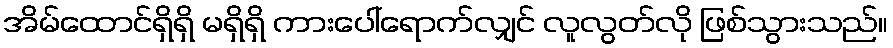
အိမ်ထောင်ရှိရှိ မရှိရှိ ကားပေါ်ရောက်လျှင် လူလွတ်လို ဖြစ်သွားသည်။